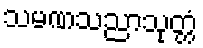
သမဏသညာသုတ္တံ